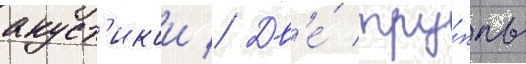
акуст'икои // Дв'е́ тру́ппы